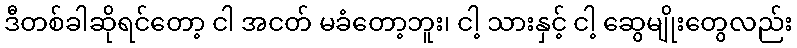
ဒီတစ်ခါဆိုရင်တော့ ငါ အငတ် မခံတော့ဘူး၊ ငါ့ သားနှင့် ငါ့ ဆွေမျိုးတွေလည်း